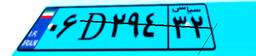
۰۶D۲۹۴۳۲